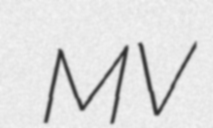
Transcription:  MV